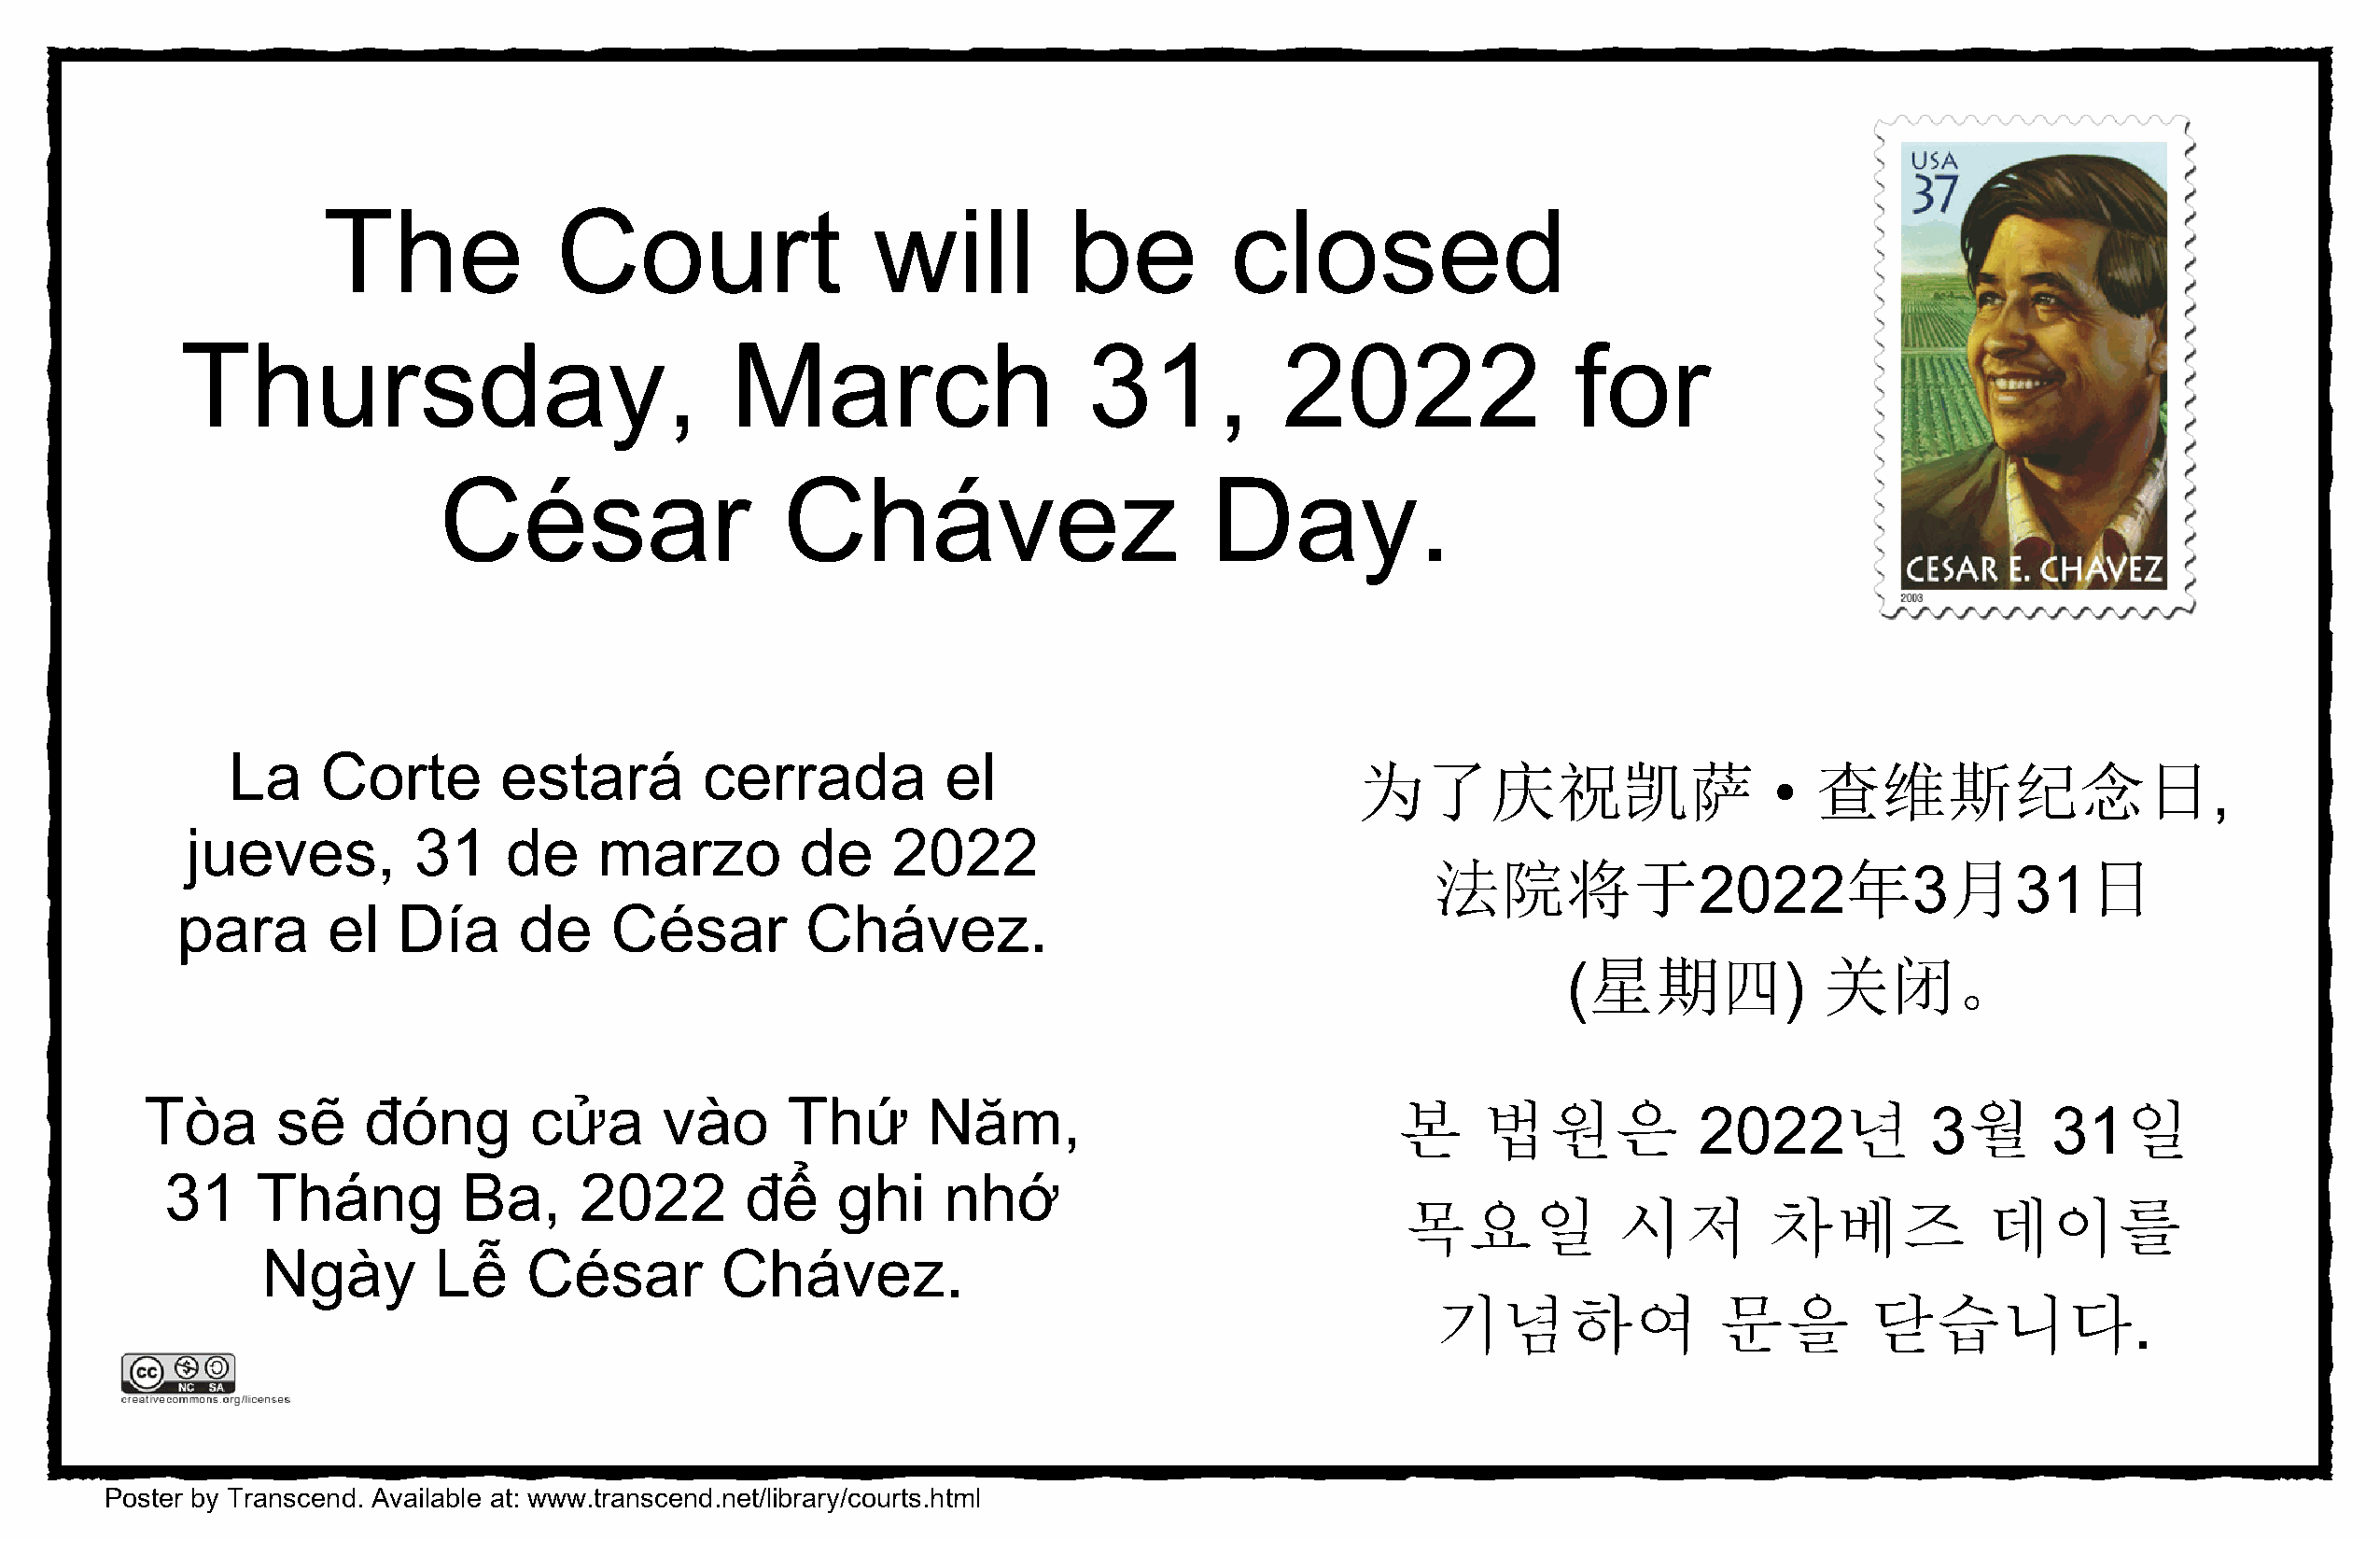
The             Court                  will          be         closed
 Thursday,                              March                    31,           2022                 for
 César                    Chávez                        Day.
 La     Corte        estará        cerrada          el                           为了庆祝凯萨                           查维斯纪念日
 •                              ,
 jueves,         31     de    marzo          de    2022
 法院将于                         年      月         日
 2022            3      31
 para      el   Día      de    César         Chávez.
 星期四             关闭。
 (              )
 Tòa       sẽ    đóng        cửa      vào      Thứ       Năm,                             본     법원은                       년        월          일
 2022             3        31
 31    Tháng          Ba,     2022        để    ghi     nhớ
 목요일            시저        차베즈             데이를
 Ngày        Lễ    César         Chávez.
 기념하여                문을         닫습니다
 .
 Poster by Transcend. Available at: www.transcend.net/library/courts.html